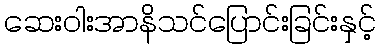
ဆေးဝါးအာနိသင်ပြောင်းခြင်းနှင့်